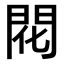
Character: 𫔛